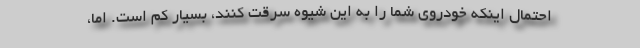
احتمال اینکه خودروی شما را به این شیوه سرقت کنند، بسیار کم است. اما،